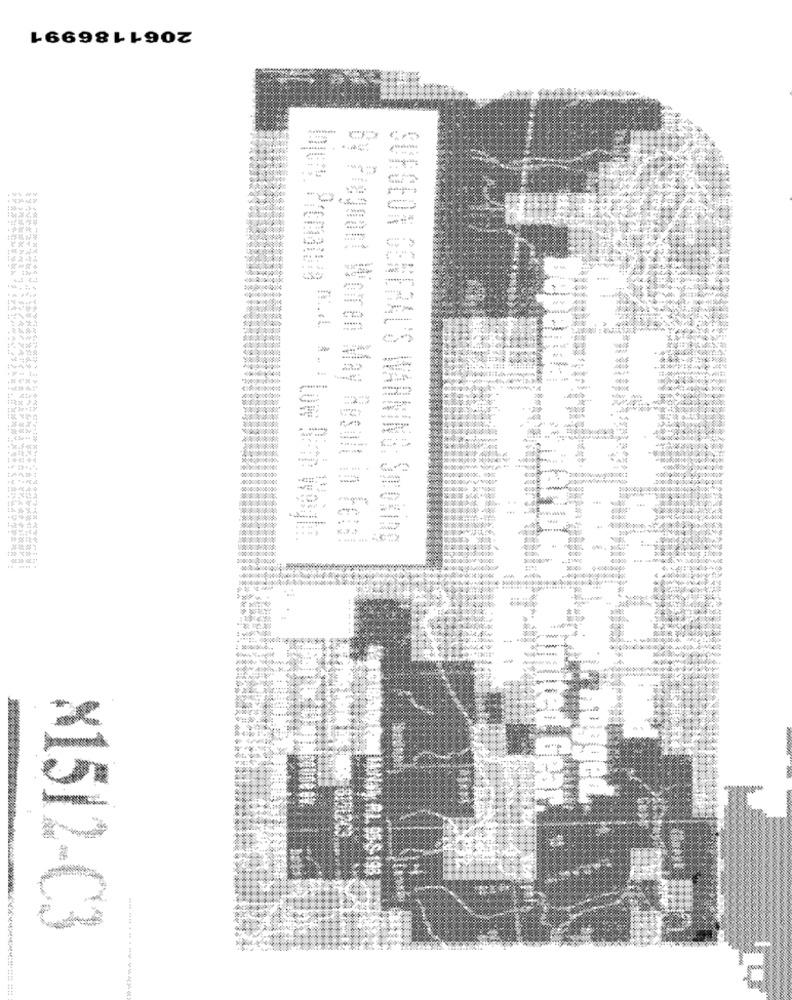
2061186991
-
200
By Pregmant Worren May Result in Fetal
GENERAL'S WARNING: Smoking
5000000
hugged.
ited Gear.
IHANSY. R.L. 95-8-198
×1512-C3
--